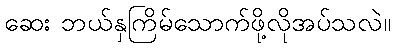
ဆေး ဘယ်နှကြိမ်သောက်ဖို့လိုအပ်သလဲ။